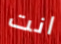
انت